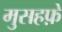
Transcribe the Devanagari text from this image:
मुसहफ़े